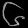
Digit: ၆